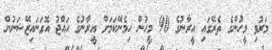
މަރުވި މީހުންގެ ތެރޭގައި އީރާނުގެ 90 މީހުން ހިމެނޭކަމަށް އީރާނުގެ ހައްޖު އޮގަނައިޒޭޝަނުން